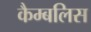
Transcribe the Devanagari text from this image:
कैम्बलिस